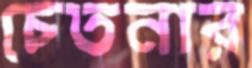
চেতনার